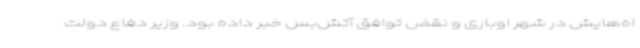
اه‌هایش در شهر اوباری و نقض توافق آتش‌بس خبر داده بود. وزیر دفاع دولت